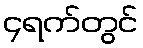
၄ရက်တွင်